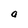
Character: a